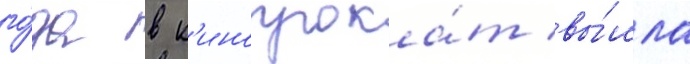
го́да в к'инопрока́т вы́шла